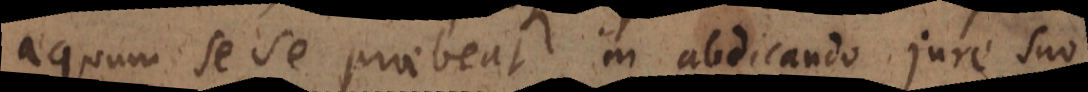
u m sese praebeat in abdicando jure suo